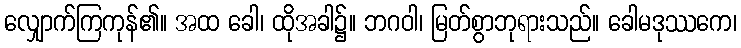
လျှောက်ကြကုန်၏။ အထ ခေါ၊ ထိုအခါ၌။ ဘဂဝါ၊ မြတ်စွာဘုရားသည်။ ခေါမဒုဿကေ၊